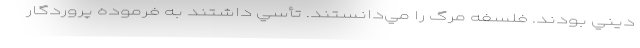
ديني بودند. فلسفه مرگ را مي‌دانستند. تأسي داشتند به فرموده پروردگار